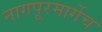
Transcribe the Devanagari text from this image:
नागपूरमार्गेच